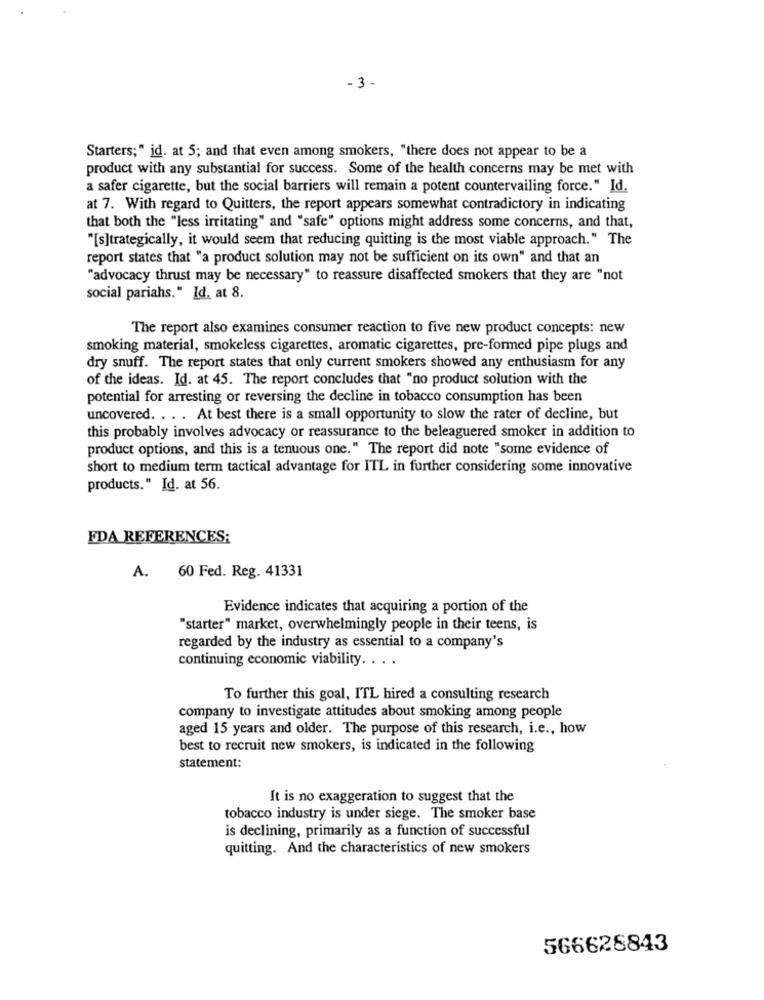
-3 -
Starters;" id. at 5; and that even among smokers, "there does not appear to be a
product with any substantial for success. Some of the health concerns may be met with
a safer cigarette, but the social barriers will remain a potent countervailing force." Id.
at 7. With regard to Quitters, the report appears somewhat contradictory in indicating
that both the "less irritating" and "safe" options might address some concerns, and that,
"[s]trategically, it would seem that reducing quitting is the most viable approach." The
report states that "a product solution may not be sufficient on its own" and that an
"advocacy thrust may be necessary" to reassure disaffected smokers that they are "not
social pariahs." Id. at 8.
The report also examines consumer reaction to five new product concepts: new
smoking material, smokeless cigarettes, aromatic cigarettes, pre-formed pipe plugs and
dry snuff. The report states that only current smokers showed any enthusiasm for any
of the ideas. Id. at 45. The report concludes that "no product solution with the
potential for arresting or reversing the decline in tobacco consumption has been
uncovered. . . . At best there is a small opportunity to slow the rater of decline, but
this probably involves advocacy or reassurance to the beleaguered smoker in addition to
product options, and this is a tenuous one." The report did note "some evidence of
short to medium term tactical advantage for ITL in further considering some innovative
products." Id. at 56.
FDA REFERENCES:
60 Fed. Reg. 41331
A.
Evidence indicates that acquiring a portion of the
"starter" market, overwhelmingly people in their teens, is
regarded by the industry as essential to a company's
continuing economic viability .. . .
To further this goal, ITL hired a consulting research
company to investigate attitudes about smoking among people
aged 15 years and older. The purpose of this research, i.e ., how
best to recruit new smokers, is indicated in the following
statement:
It is no exaggeration to suggest that the
tobacco industry is under siege. The smoker base
is declining, primarily as a function of successful
quitting. And the characteristics of new smokers
566628843